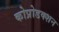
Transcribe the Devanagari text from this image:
कोप्रोडक्शन